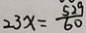
2 3 x = \frac { 5 2 9 } { 6 0 }